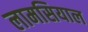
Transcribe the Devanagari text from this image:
लामसियाल